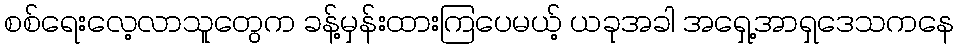
စစ်ရေးလေ့လာသူတွေက ခန့်မှန်းထားကြပေမယ့် ယခုအခါ အရှေ့အာရှဒေသကနေ